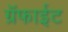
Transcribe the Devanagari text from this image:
ग्रॅफाईट